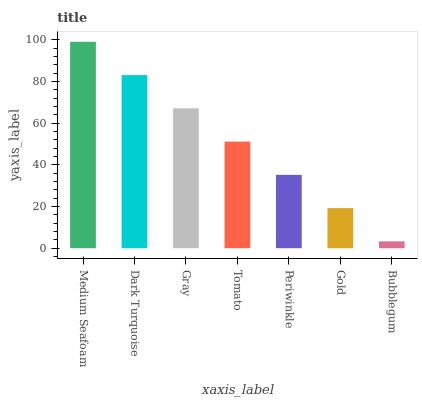
| xaxis_label | bars |
 | --- | --- |
 | Medium Seafoam | 99 |
 | Dark Turquoise | 83 |
 | Gray | 67.1 |
 | Tomato | 51.1 |
 | Periwinkle | 35.2 |
 | Gold | 19.2 |
 | Bubblegum | 3.28 |